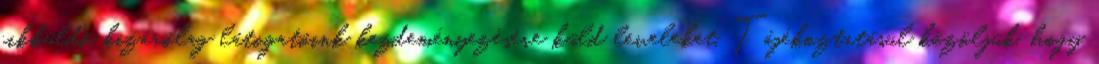
cikküldő kizárólag látogatóink kezdeményezésére küld leveleket. Tájékoztatásul közöljük, hogy